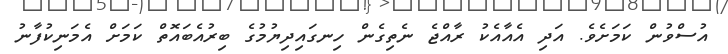
އުސްވުން ކަމަށެވެ. އަދި އެއާއެކު ރާއްޖެ ނެތިގެން ހިނގައިދިޔުމުގެ ބިރުއެބައޮތް ކަމަށް އެމަނިކުފާނު